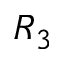
R _ { 3 }